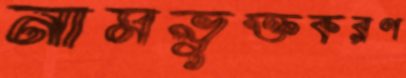
নামভুক্তকরণ